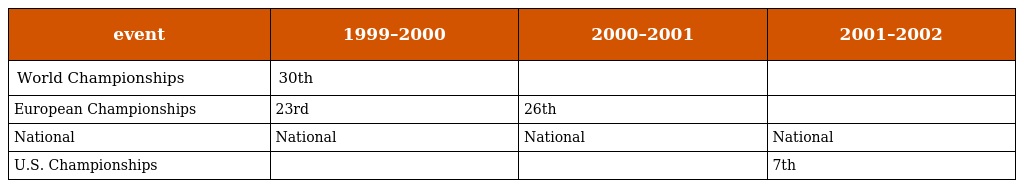
| event | 1999–2000 | 2000–2001 | 2001–2002 |
 | --- | --- | --- | --- |
 | World Championships | 30th |  |  |
 | European Championships | 23rd | 26th |  |
 | National | National | National | National |
 | U.S. Championships |  |  | 7th |